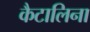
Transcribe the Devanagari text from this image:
कैटालिना